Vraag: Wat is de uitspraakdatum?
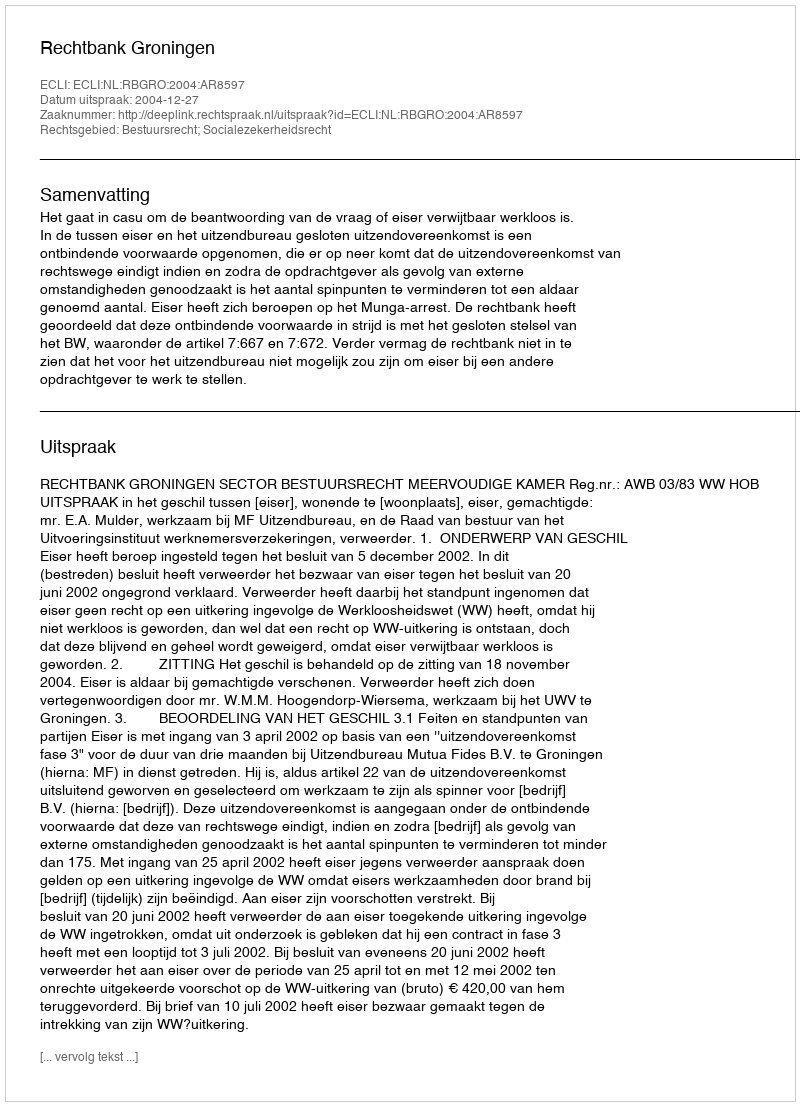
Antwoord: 2004-12-27